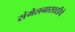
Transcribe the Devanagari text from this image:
संमेलनासाठीचे